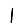
Digit: 1